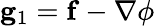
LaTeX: \mathbf{g}_{1}=\mathbf{f}-\nabla\phi